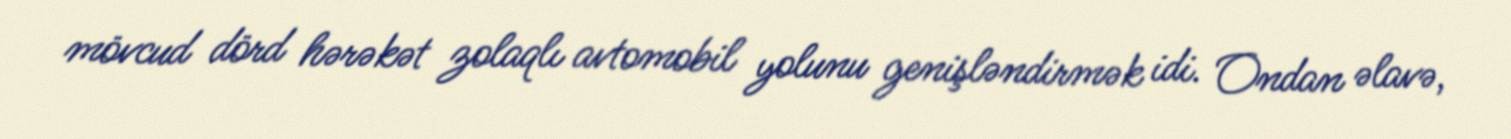
mövcud dörd hərəkət zolaqlı avtomobil yolunu genişləndirmək idi. Ondan əlavə,